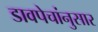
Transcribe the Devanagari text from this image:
डावपेचांनुसार